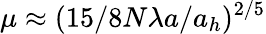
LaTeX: \mu\approx(15/8N\lambda a/a_{h})^{2/5}